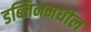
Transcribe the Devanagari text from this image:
डब्लिनमधील